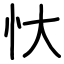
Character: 忕